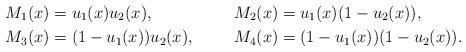
LaTeX: \begin{align*}M_1(x)&=u_1(x)u_2(x), &M_2(x)&=u_1(x)(1-u_2(x)), \\M_3(x)&=(1-u_1(x))u_2(x), &M_4(x)&=(1-u_1(x))(1-u_2(x)).\end{align*}